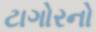
ટાગોરનો